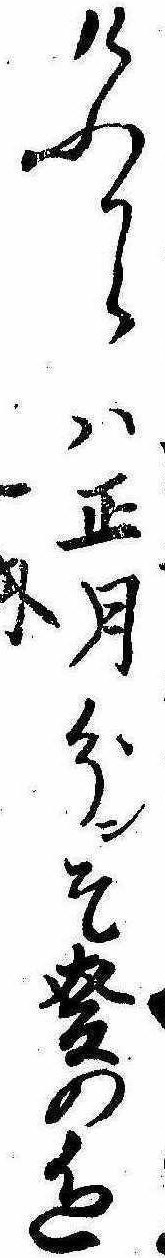
けふからは正月分ンそ麦の色